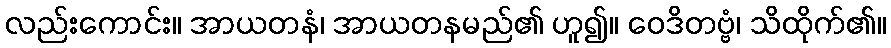
လည်းကောင်း။ အာယတနံ၊ အာယတနမည်၏ ဟူ၍။ ဝေဒိတဗ္ဗံ၊ သိထိုက်၏။